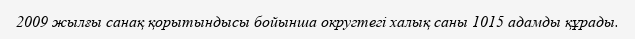
2009 жылғы санақ қорытындысы бойынша округтегі халық саны 1015 адамды құрады.